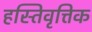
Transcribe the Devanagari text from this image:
हस्तिवृत्तिक